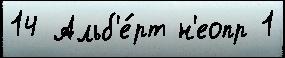
14 Альб'е́рт н'еопр 1